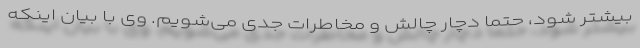
بیشتر شود، حتماً دچار چالش و مخاطرات جدی می‌شویم. وی با بیان اینکه